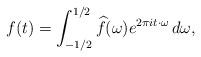
LaTeX: \begin{align*}f(t) = \int_{-1/2}^{1/2} \widehat{f}(\omega) e^{2 \pi i t \cdot \omega} \, d\omega,\end{align*}